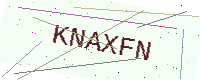
Text: KNAXFN